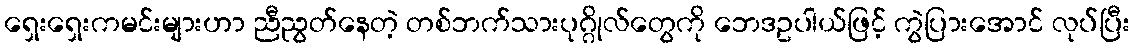
ရှေးရှေးကမင်းများဟာ ညီညွတ်နေတဲ့ တစ်ဘက်သားပုဂ္ဂိုလ်တွေကို ဘေဒဥပါယ်ဖြင့် ကွဲပြားအောင် လုပ်ပြီး